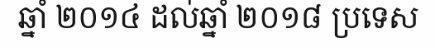
ឆ្នាំ ២០១៤ ដល់ឆ្នាំ ២០១៨ ប្រទេស